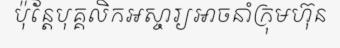
ប៉ុន្តែបុគ្គលិកអស្ចារ្យអាចនាំក្រុមហ៊ុន